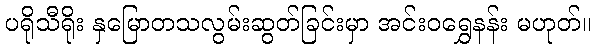
ပရိုသီရိုး နှမြောတသလွမ်းဆွတ်ခြင်းမှာ အင်းဝရွှေနန်း မဟုတ်။